Document type: Sale
Year: 1355
Scribe: Pere Borrell
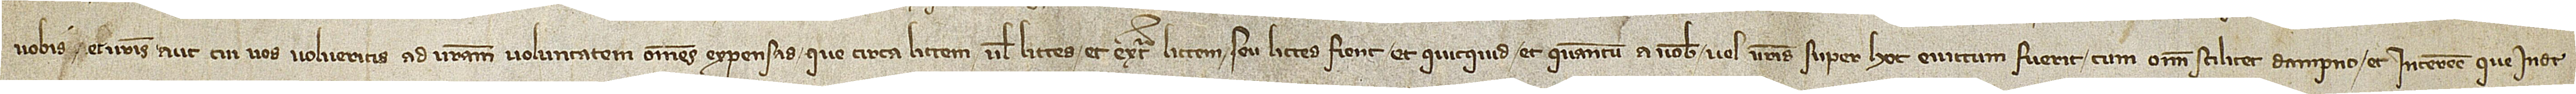
vobis et vestris aut cui vos volueritis ad vestram voluntatem omnes expensas que circa littem vel littes et extra littem seu littes fient et quicquid et quantum a vobis vel vestris super hoc evictum fuerit, cum omni scilicet dampno et interesse que inde